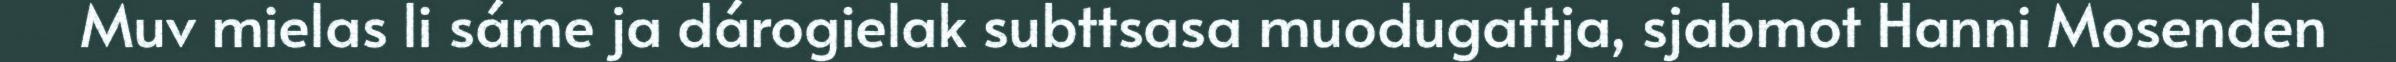
Muv mielas li sáme ja dárogielak subttsasa muodugattja, sjabmot Hanni Mosenden